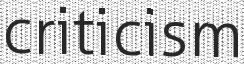
criticism